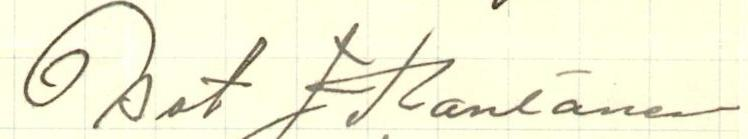
Osat J Rantanen